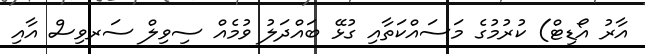
އާރު އޯޑިޓް) ކުރުމުގެ މަސައްކަތާއި ގުޅޭ ބައްދަލު ވުމެއް ސިވިލް ސަރވިސް އާއި